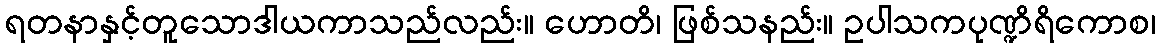
ရတနာနှင့်တူသောဒါယကာသည်လည်း။ ဟောတိ၊ ဖြစ်သနည်း။ ဥပါသကပုဏ္ဍိရိကောစ၊